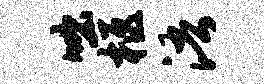
咄柩浯